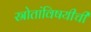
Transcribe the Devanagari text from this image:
स्रोतांविषयीची